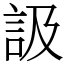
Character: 訯